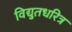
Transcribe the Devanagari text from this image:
विद्युतधरित्र